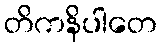
တိကနိပါတေ